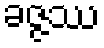
ခဇ္ဇဿ